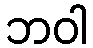
ဘဝါ